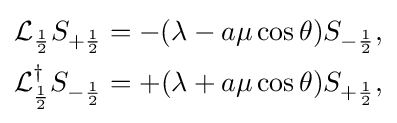
{\begin{aligned}{\mathcal {L}}_{\frac {1}{2}}S_{+{\frac {1}{2}}}&=-(\lambda -a\mu \cos \theta )S_{-{\frac {1}{2}}},\\{\mathcal {L}}_{\frac {1}{2}}^{\dagger }S_{-{\frac {1}{2}}}&=+(\lambda +a\mu \cos \theta )S_{+{\frac {1}{2}}},\end{aligned}}